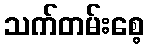
သက်တမ်းစေ့